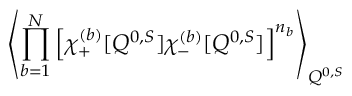
\left\langle \prod _ { b = 1 } ^ { N } \left[ \chi _ { + } ^ { ( b ) } [ Q ^ { 0 , S } ] \chi _ { - } ^ { ( b ) } [ Q ^ { 0 , S } ] \right] ^ { n _ { b } } \right\rangle _ { Q ^ { 0 , S } } \;